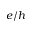
e / h